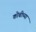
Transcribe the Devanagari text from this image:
कोबीच्या